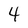
Character: 4